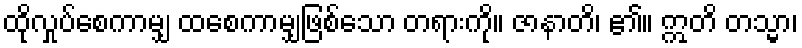
ထိုလှုပ်စေကာမျှ ထစေကာမျှဖြစ်သော တရားကို။ ဇာနာတိ၊ ၏။ ဣတိ တသ္မာ၊